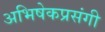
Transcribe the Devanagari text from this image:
अभिषेकप्रसंगी